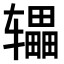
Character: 𫐙